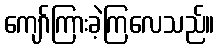
ကျော်ကြားခဲ့ကြလေသည်။